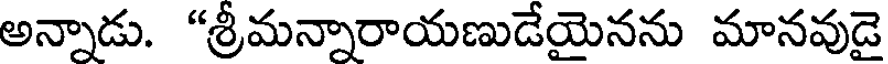
అన్నాడు. "శ్రీమన్నారాయణుడేయైనను మానవుడై